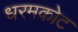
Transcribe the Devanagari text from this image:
धरमकोट